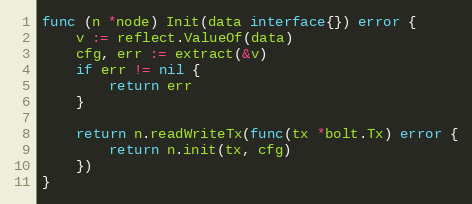
Language: Go
func (n *node) Init(data interface{}) error {
	v := reflect.ValueOf(data)
	cfg, err := extract(&v)
	if err != nil {
		return err
	}

	return n.readWriteTx(func(tx *bolt.Tx) error {
		return n.init(tx, cfg)
	})
}